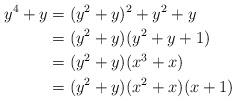
LaTeX: \begin{align*}y^4+y &=(y^2+y)^2+y^2+y\\&=(y^2+y)(y^2+y+1)\\&=(y^2+y)(x^3+x)\\&=(y^2+y)(x^2+x)(x+1)\end{align*}